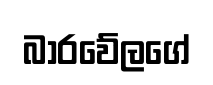
බාරවේලගේ